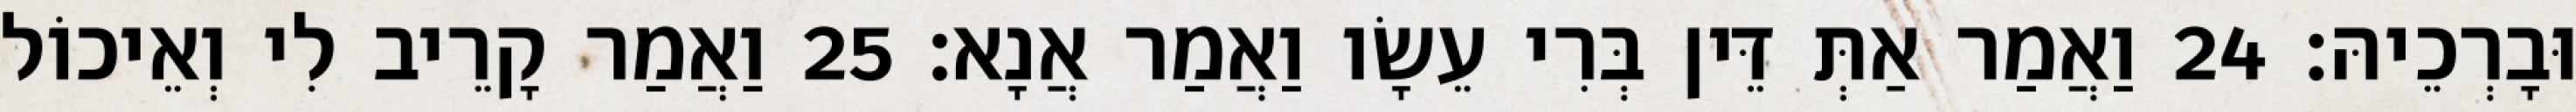
וּבָרְכֵיהּ׃ 24 וַאֲמַר אַתְּ דֵּין בְּרִי עֵשָׂו וַאֲמַר אֲנָא׃ 25 וַאֲמַר קָרֵיב לִי וְאֵיכוֹל